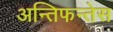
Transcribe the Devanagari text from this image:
अन्तिफन्तेस